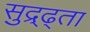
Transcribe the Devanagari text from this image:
सुद्र्ढ्ता